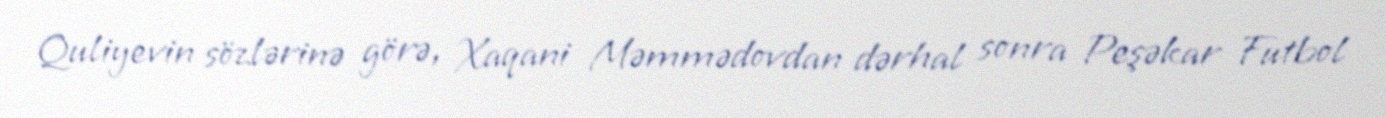
Quliyevin sözlərinə görə, Xaqani Məmmədovdan dərhal sonra Peşəkar Futbol